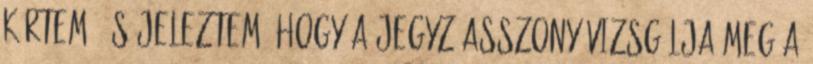
kértem, és jeleztem, hogy a jegyzőasszony vizsgálja meg a